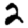
Digit: 2